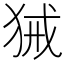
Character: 𤞫